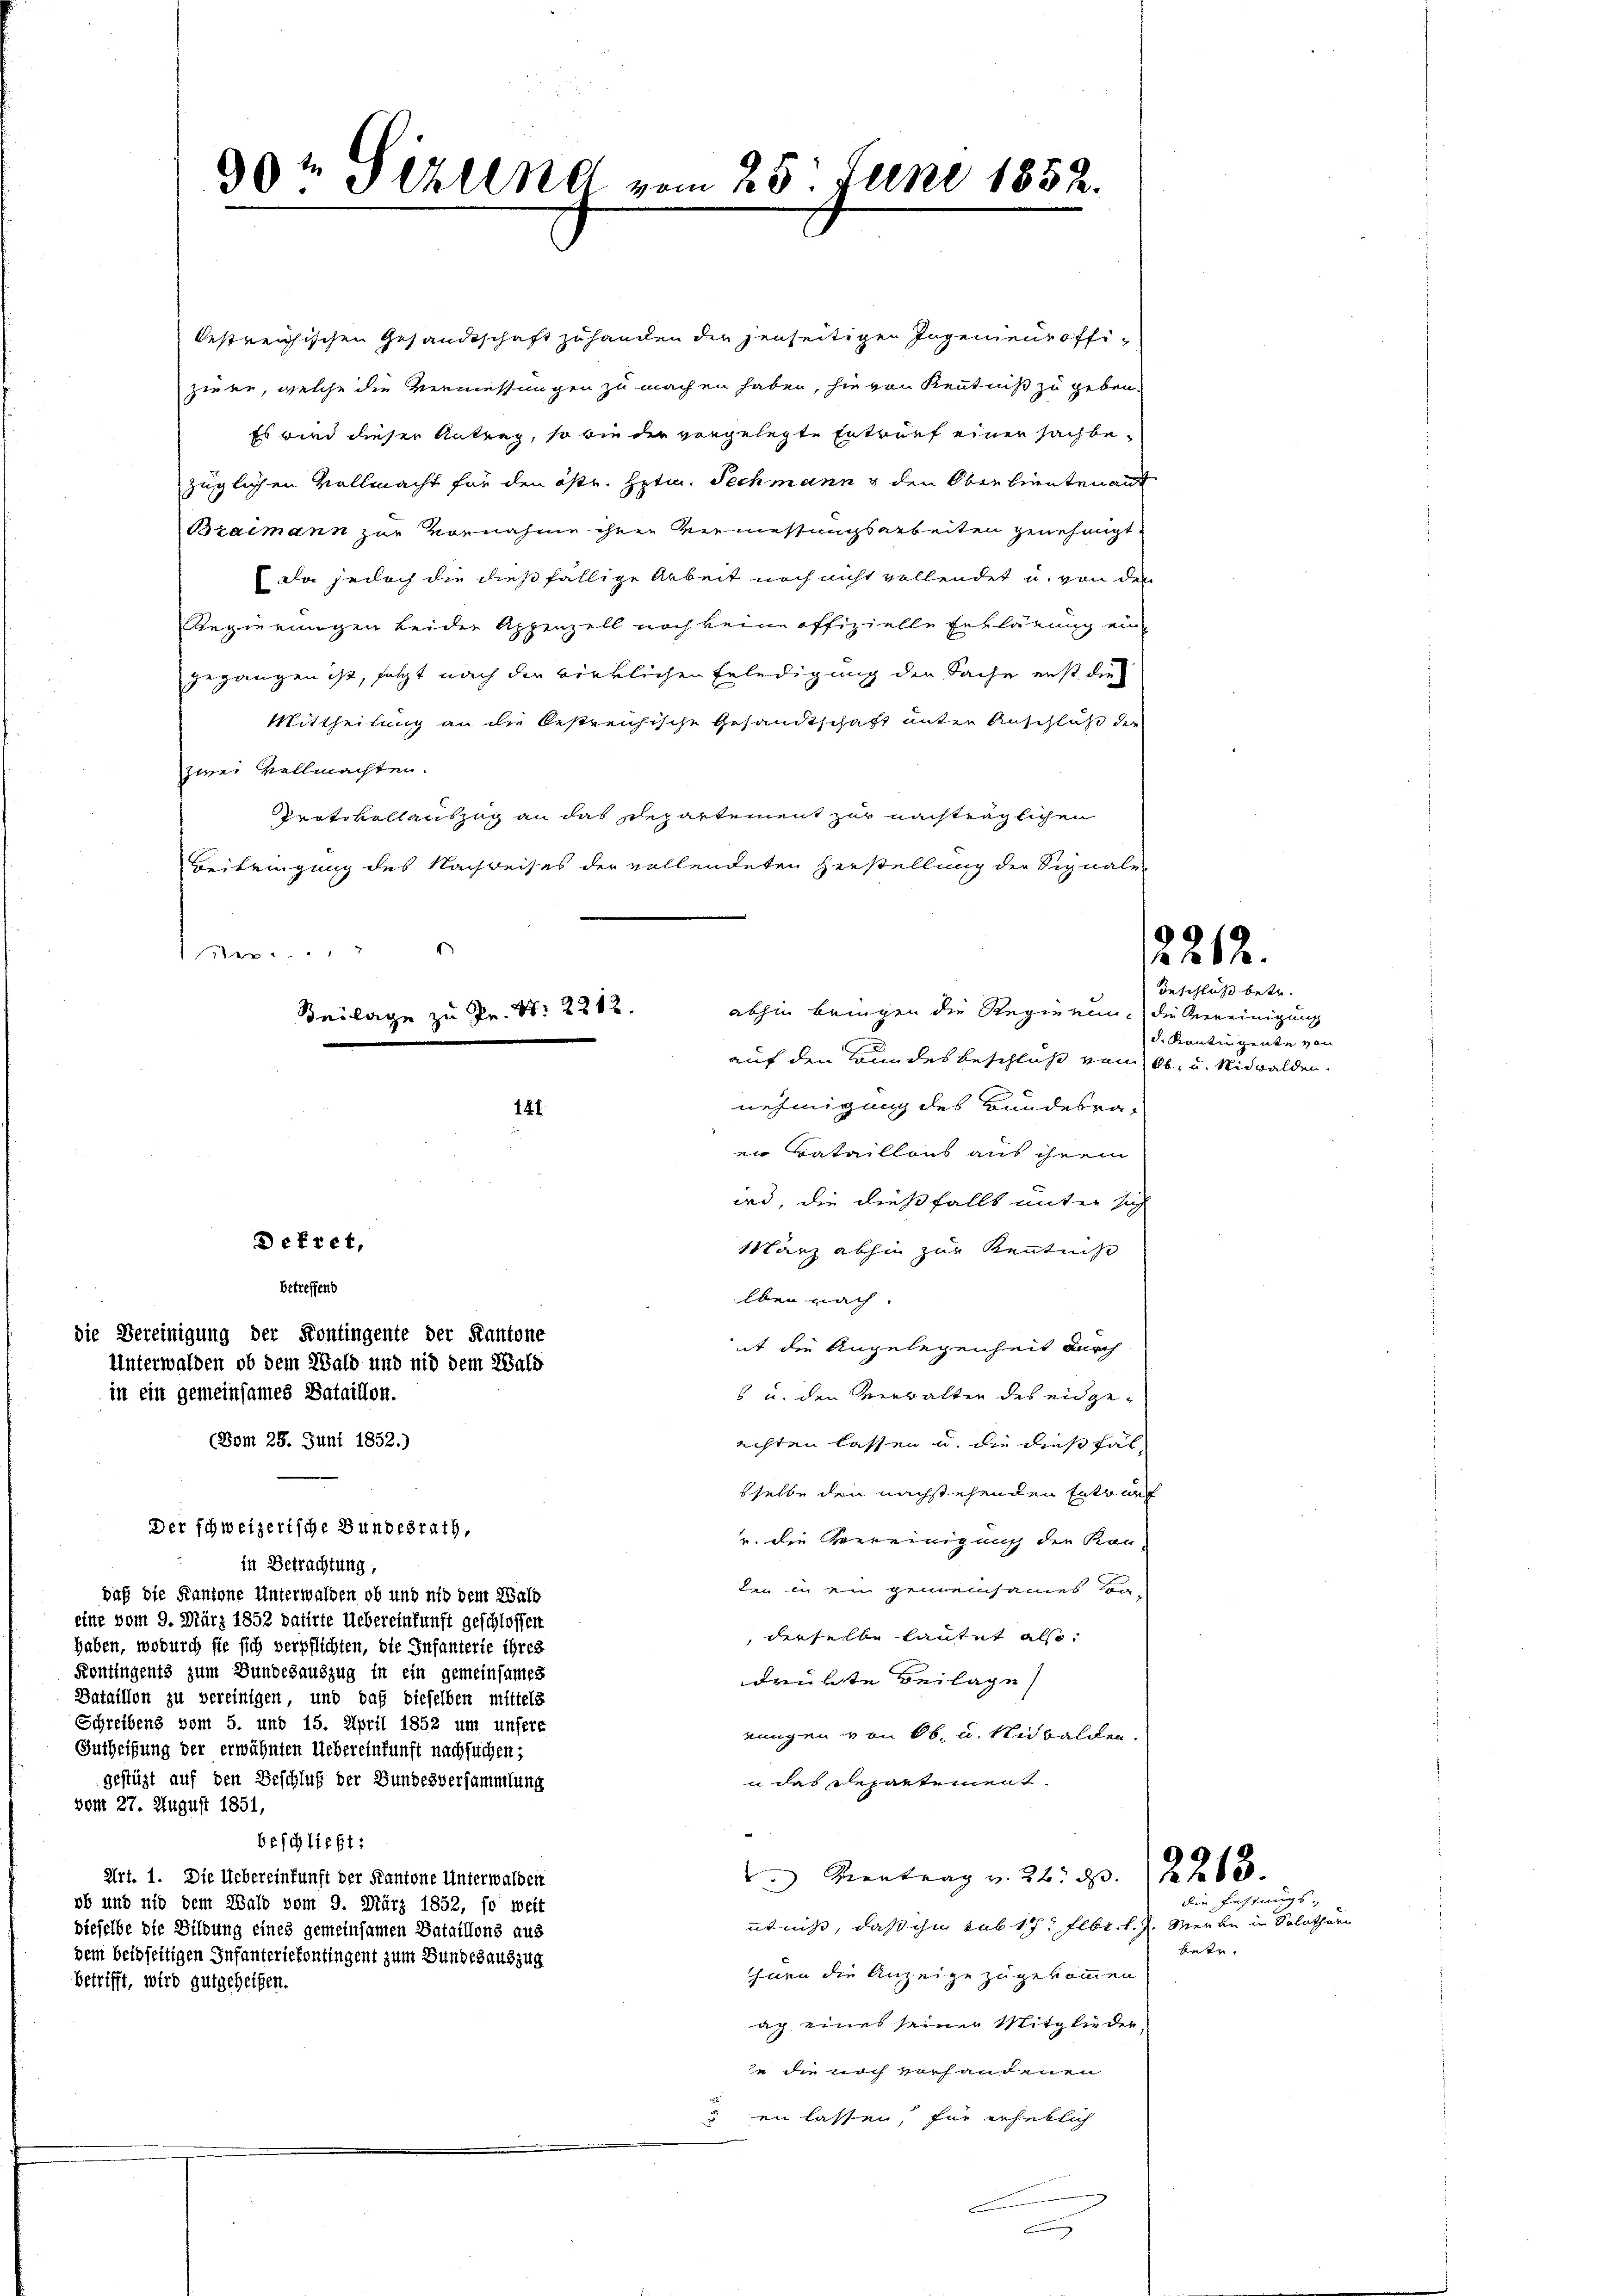
bestreichischen Gesandtschaft zu handen die jenseitigen Ingenieur offiziere, welche die Vermessungen zu machen haben, sie von Kenntniß zu geben.
Es wird dieser Antrag, so bin der vorgelegte Ertrauf einer sachbezüglichen Vollmacht für den östr. Hptm. Techmann & den Oberlieuten auf
Brammann zur Vornahme ihren Vermessungsarbeiten genehmigt.
Da jedoch die dießfällige Arbeit noch nicht vollendet u. von den
Regierungen beider Appenzell noch keine offizielle Erklärung ein-
gegangen ist, folgt nach der wirklichen Erledigung der Sache erst die
Mittheilung an die bestreichische Gesandtschaft unter Anschluß der
zwei Vollmachten.
Protokollauszug an das Departement zur nachträglichen
Beibringung des Nachweises der vollendeten Herstellung der Signale
a
nehmigung des Bundesra¬
141.
en Bataillons aus ihrem
ird, die dießfalls mit er sich
Sarz abhin zur Kenntnise
betreffend
lben nach.
die Bereinigung der Kontingente der Kantone
it die Angelegenheit durch
Unterwalden ob dem Wald und nid dem Wald
in ein gemeinsames Bataillon.
6 u. den Verwalten des eidge¬
(Bom 28. Juni 1852.)
achten lassen u. die dießfälsselbe den nachstehenden Entwurf
Der schweizerische Bundesrath,
u. die Vereinigung der Kan-
in Betrachtung,
ten in ein gemeinsames den
daß die Kantone Unterwalden ob und nid dem Wald
eine vom 9. März 1852 datirte Uebereinkunft geschlossen
derselbe lautet also:
haben, wodurch sie sich verpflichten, die Infanterie ihres
Fontingents zum Bundesauszug in ein gemeinsames
drükte Beilage
Bataillon zu vereinigen, und daß dieselben mittels
Schreibens vom 5. und 15. April 1852 um unsere
einigen von Ob, u. Nidwalden.
Gutheilung der erwähnten Uebereinkunft nachsuchen;
gestüzt auf den Beschluß der Bundesversammlung
n des Departement.
vom 27. August 1851,
beschließt:
 Montrag u. 22 S. 2268. |
Art. 1. Die Uebereinkunft der Kantone Unterwalden
die Festungs-
ob und nid dem Wald vom 9. März 1852, so weit
utniß, daß ihm sub 17. Febr. l. J. Merke in Solothurn
dieselbe die Bildung eines gemeinsamen Bataillons aus
betr.
dem beidseitigen Infanterietontingent zum Bundesauszug
hnen die Anzeige zugekommen
betrifft, wird gutgeheißen.
ac eines seiner Mitglieder,
je die noch vorhandenen
 en lassen, für erheblich
Bun

90te 3 Alle vom 25. Juni 1852.

abhin bringen die Regierung die Vereinigung
Beilage zu Pr. S. 2212.
auf den Bundes beschluß vom Ob, u. Nidwalden.

Dekret,

2212.

Beschluß betr.
d. Kantingente von